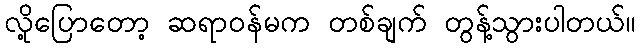
လို့ပြောတော့ ဆရာဝန်မက တစ်ချက် တွန့်သွားပါတယ်။